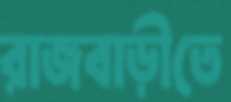
রাজবাড়ীতে